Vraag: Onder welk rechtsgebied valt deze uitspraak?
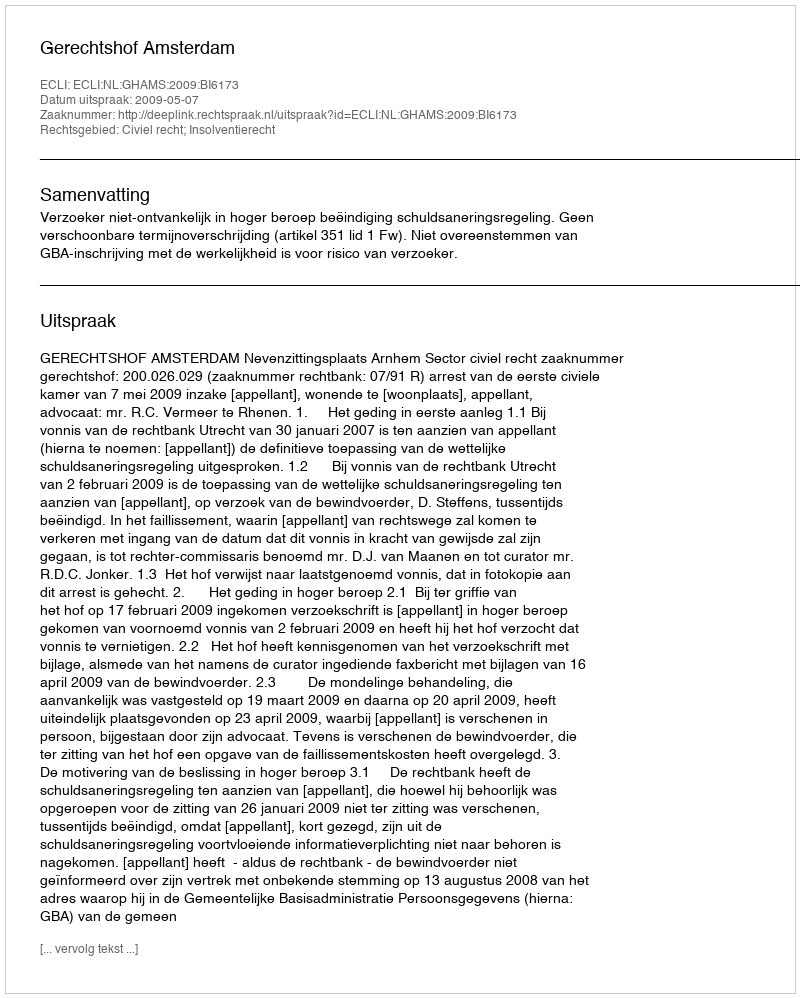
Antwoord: Civiel recht; Insolventierecht